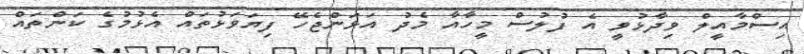
އިސްމާއީލް ވިދާޅުވީ އެ ފުލުސް މީހާއާ މެދު އަޅަންޖެހޭ ފިޔަވަޅުތައް އެޅުމުގެ ކަންތައް